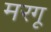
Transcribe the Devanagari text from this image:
मरगू